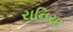
રાનિયા